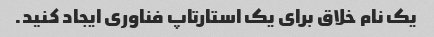
یک نام خلاق برای یک استارتاپ فناوری ایجاد کنید.